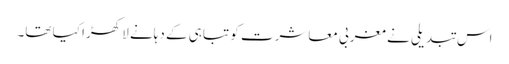
اس تبدیلی نے مغربی معاشرت کو تباہی کے دہانے لا کھڑا کیا تھا۔